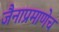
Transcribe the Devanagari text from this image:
जैनाप्रमाणेच